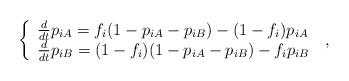
LaTeX: \begin{align*}\left\{\begin{array}{l}{d\over dt}p_{iA}=f_i (1-p_{iA}-p_{iB})-(1-f_i) p_{iA} \\{d\over dt}p_{iB}=(1-f_i) (1-p_{iA}-p_{iB})-f_i p_{iB}\end{array} \right.\;,\end{align*}